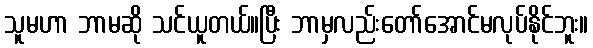
သူမဟာ ဘာမဆို သင်ယူတယ်။ပြီး ဘာမှလည်းတော်အောင်မလုပ်နိုင်ဘူး။